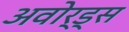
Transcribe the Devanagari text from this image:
अवोर्ड्स